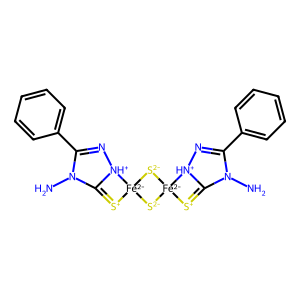
SMILES: NN1C(c2ccccc2)=N[NH+]2C1=[S+][Fe-2]21[S-2][Fe-2]2([S+]=C3N(N)C(c4ccccc4)=N[NH+]32)[S-2]1
Inhibits HIV replication: No